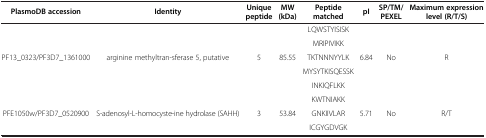
| PlasmoDB accession | Identity | Unique peptide | MW (kDa) | Peptide matched | pI | SP/TM/ PEXEL | Maximum expression level (R/T/S) |
 | --- | --- | --- | --- | --- | --- | --- | --- |
 |  |  |  |  | LQWSTYISISK |  |  |  |
 |  |  |  |  | MRIPIVIKK |  |  |  |
 | PF13_0323/PF3D7_1361000 | arginine methyltran-sferase 5, putative | 5 | 85.55 | TKTNNNYYLK | 6.84 | No | R |
 |  |  |  |  | MYSYTKISQESSK |  |  |  |
 |  |  |  |  | INKIQFLKK |  |  |  |
 |  |  |  |  | KWTNIAKK |  |  |  |
 | PFE1050w/PF3D7_0520900 | S-adenosyl-L-homocyste-ine hydrolase (SAHH) | 3 | 53.84 | GNKIIVLAR | 5.71 | No | R/T |
 |  |  |  |  | ICGYGDVGK |  |  |  |